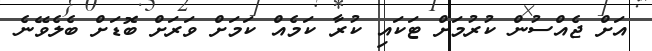
އަށް ޖެއްސުން ކުރުމަށް ޓަކައި ކުރާ ކަމެއް ކަމަށް ވަރަށް ބޮޑަށް ބެލެވޭނެ